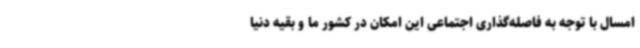
امسال با توجه به فاصله‌گذاری اجتماعی این امکان در کشور ما و بقیه دنیا